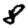
Digit: 8